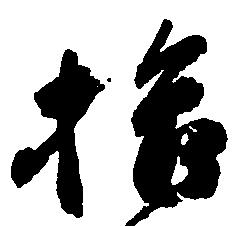
拾